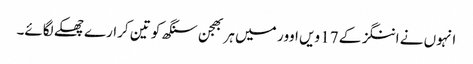
انہوں نے اننگز کے 17 ویں اوور میں ہربھجن سنگھ کو تین کرارے چھکے لگائے۔